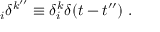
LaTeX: _ { i } \delta ^ { k ^ { \prime \prime } } \equiv \delta _ { i } ^ { k } \delta ( t - t ^ { \prime \prime } ) \; .